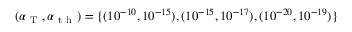
( \alpha _ { \mathrm { ~ T ~ } } , \alpha _ { \mathrm { ~ t ~ h ~ } } ) = \{ ( 1 0 ^ { - 1 0 } , 1 0 ^ { - 1 5 } ) , ( 1 0 ^ { - 1 5 } , 1 0 ^ { - 1 7 } ) , ( 1 0 ^ { - 2 0 } , 1 0 ^ { - 1 9 } ) \}